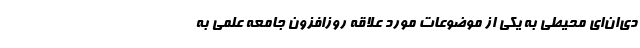
دی‌ان‌ای محیطی به یکی از موضوعات مورد علاقه روزافزون جامعه علمی به